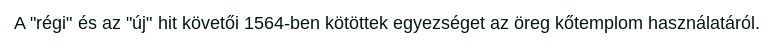
A "régi" és az "új" hit követői 1564-ben kötöttek egyezséget az öreg kőtemplom használatáról.